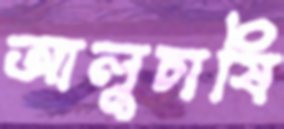
আলুচাষি